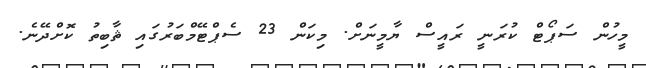
މީހުން ސަޕޯޓް ކުރަނީ ރައީސް ޔާމީނަށް. މިކަން 23 ސެޕްޓޭމްބަރުގައި ޘާބިތު ކޮށްދޭނެ.